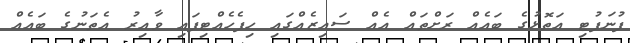
ފުނަފުޓި އަތޮޅުގެ ބައެއް ރަށްތައް އެއް ސައިޒެއްގައި ހިފެހެއްޓިފައި ވާއިރު އެތަނުގެ ބައެއް